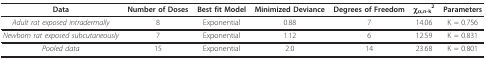
| Data | Number of Doses | Best fit Model | Minimized Deviance | Degrees of Freedom | χα,n-k2 | Parameters |
 | --- | --- | --- | --- | --- | --- | --- |
 | Adult rat exposed intradermally | 8 | Exponential | 0.88 | 7 | 14.06 | K = 0.756 |
 | Newborn rat exposed subcutaneously | 7 | Exponential | 1.12 | 6 | 12.59 | K = 0.831 |
 | Pooled data | 15 | Exponential | 2.0 | 14 | 23.68 | K = 0.801 |